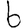
Digit: 6